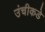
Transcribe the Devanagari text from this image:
उंचीकडे